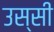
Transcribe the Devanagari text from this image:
उस्सी